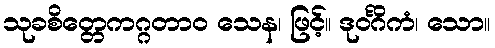
သုခစိတ္တေကဂ္ဂတာဝ သေန၊ ဖြင့်။ ဒုဝင်္ဂိကံ၊ သော။